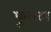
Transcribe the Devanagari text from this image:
फुरादा